Leaving Certificate Examination (including Day School Certificate (Higher) General paper), 1930
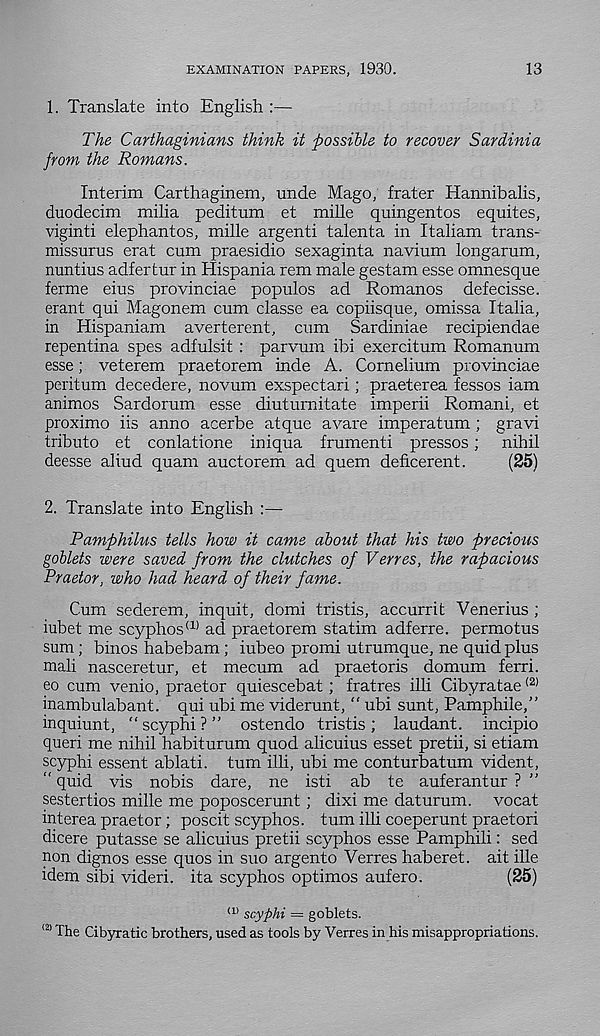
EXAMINATION PAPERS, 1930.
13
1. Translate into English :—
The Carthaginians think it possible to recover Sardinia
from the Romans.
Interim Carthaginem, unde Mago, frater Hannibalis,
duodecim milia peditum et mille quingentos equites,
viginti elephantos, mille argenti talenta in Italiam trans-
missurus erat cum praesidio sexaginta navium longarum,
nuntius adfertur in Hispania rem male gestam esse omnesque
ferme eius provinciae populos ad Romanos defecisse.
erant qui Magonem cum classe ea copiisque, omissa Italia,
in Hispaniam averterent, cum Sardiniae recipiendae
repentina spes adfulsit : parvum ibi exercitum Romanum
esse; veterem praetorem inde A. Cornelium provinciae
peritum decedere, novum exspectari; praeterea fessos iam
animos Sardorum esse diutumitate imperii Romani, et
proximo iis anno acerbe atque avare imperatum ; gravi
tributo et conlatione iniqua frumenti presses; nihil
deesse aliud quam auctorem ad quern deficerent.
(25)
2. Translate into English :—
Pamphilus tells how it came about that his two precious
goblets were saved from the clutches of Verres, the rapacious
Praetor, who had heard of their fame.
Cum sederem, inquit, domi tristis, accurrit Venerius ;
iubet me scyphos (1) ad praetorem statim adferre. permotus
sum ; binos habebam ; iubeo promi utrumque, ne quid plus
mail nasceretur, et mecum ad praetoris domum ferri.
eo cum venio, praetor quiescebat; fratres illi Cibyratae (2)
inambulabant. qui ubi me viderunt, “ ubi sunt, Pamphiie,”
inquiunt, “ scyphi ? ” ostendo tristis ; laudant. incipio
queri me nihil habiturum quod alicuius esset pretii, si etiam
scyphi essent ablati. turn illi, ubi me conturbatum vident,
“ quid vis nobis dare, ne isti ab te auferantur ?
sestertios mille me poposcerunt; dixi me daturum. vocat
interea praetor; poscit scyphos. turn illi coeperunt praetori
dicere putasse se alicuius pretii scyphos esse Pamphili: sed
non dignos esse quos in suo argento Verres haberet. ait ille
idem sibi videri. ita scyphos optimos aufero.
(25)
ll> scyphi = goblets.
<2) The Cibyratic brothers, used as tools by Verres in his misappropriations.